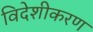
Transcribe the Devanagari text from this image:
विदेशीकरण